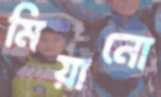
মিয়ানো